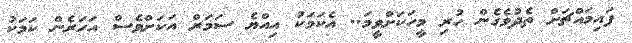
ފައިމައްޗަށް ތެދުވެގެން ހުރި މީހަކަށްވީމަ.. އެކަމަކު އިއްޔެ ސަމަރް އަކަށްވެސް އަހަރެން ކަމަކު